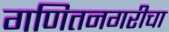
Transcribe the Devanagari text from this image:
गणितनगरीचा